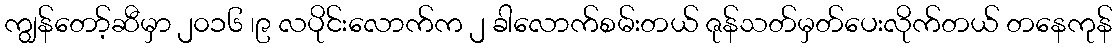
ကျွန်တော့်ဆီမှာ ၂၀၁၆ ၊၉ လပိုင်းလောက်က ၂ ခါလောက်စမ်းတယ် ဇုန်သတ်မှတ်ပေးလိုက်တယ် တနေကုန်